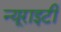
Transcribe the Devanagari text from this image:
न्यूराइटी